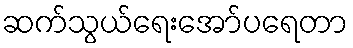
ဆက်သွယ်ရေးအော်ပရေတာ